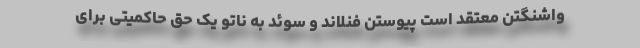
واشنگتن معتقد است پیوستن فنلاند و سوئد به ناتو یک حق حاکمیتی برای